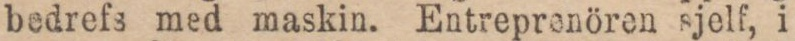
bedrefs med maskin. Entreprenören sjelf, i